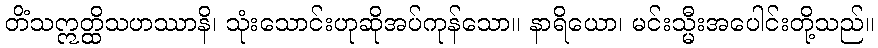
တိံသဣတ္ထိသဟဿာနိ၊ သုံးသောင်းဟုဆိုအပ်ကုန်သော။ နာရိယော၊ မင်းသ္မီးအပေါင်းတို့သည်။